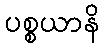
ပစ္စယာနိ